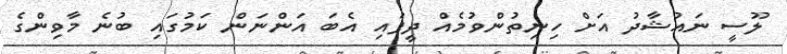
ލޫސީ ނައުޝާދު އަށް ހިނިތުންވުމެއް ދީފައި އެބަ އަންނަން ކަމުގައި ބުނެ މާވިންގެ